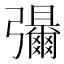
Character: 𫹃